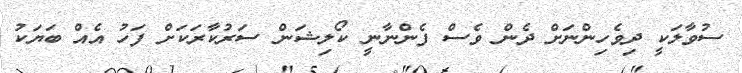
ސުވާލަކީ ދިވެހިންނަށް ދެން ވެސް ފެންނާނީ ކޯލިޝަން ސަރުކާރަކަށް ފަހު އެއް ބަޔަކު